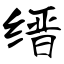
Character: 缙